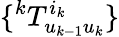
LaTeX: \{ ^{k}T_{u_{k-1}u_{k}}^{i_{k}}\}